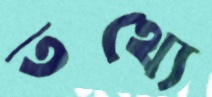
তথ্যে